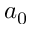
a _ { 0 }